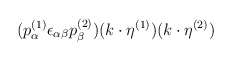
\begin{align*}(p^{(1)}_\alpha \epsilon_{\alpha\beta}p^{(2)}_\beta) (k\cdot \eta^{(1)})(k \cdot \eta^{(2)})\end{align*}